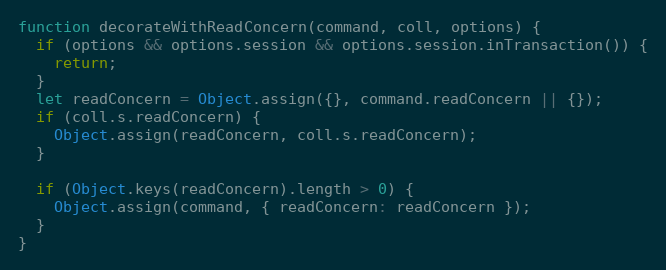
Language: JavaScript
function decorateWithReadConcern(command, coll, options) {
  if (options && options.session && options.session.inTransaction()) {
    return;
  }
  let readConcern = Object.assign({}, command.readConcern || {});
  if (coll.s.readConcern) {
    Object.assign(readConcern, coll.s.readConcern);
  }

  if (Object.keys(readConcern).length > 0) {
    Object.assign(command, { readConcern: readConcern });
  }
}